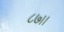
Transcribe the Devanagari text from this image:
८७।।